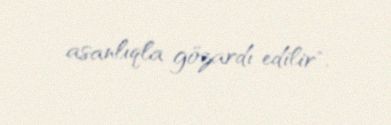
asanlıqla gözardı edilir".